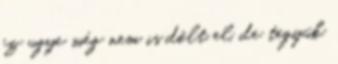
ez ugye még nem is dőlt el, de tegyük